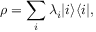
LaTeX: \rho = \sum _ { i } \lambda _ { i } | i \rangle \langle i | ,